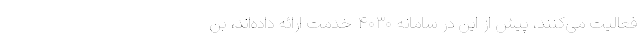
فعالیت می‌کنند، پیش از این در سامانه ۴۰۳۰ خدمت ارائه داده‌اند، بن